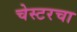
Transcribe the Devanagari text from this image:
चेस्टरचा